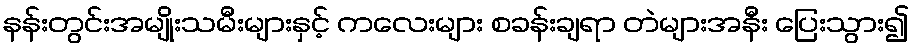
နန်းတွင်းအမျိုးသမီးများနှင့် ကလေးများ စခန်းချရာ တဲများအနီး ပြေးသွား၍